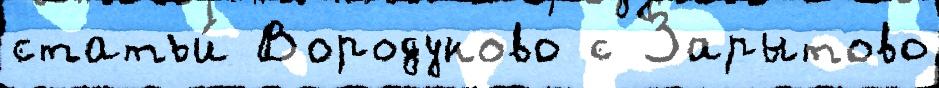
статьи́ Вородуново с Зарытово